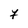
Character: 7